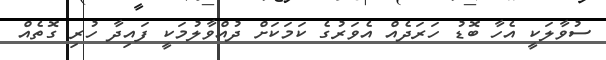
ސުވާލަކީ އެހާ ބޮޑު ހަރަދެއް އެވަރުގެ ކަމަކަށް ދުއްވާލުމަކީ ފައިދާ ހުރި ގޮތެއް